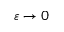
\varepsilon \to 0